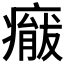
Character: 𱱢